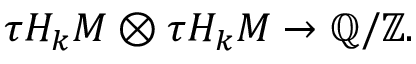
\tau H _ { k } M \otimes \tau H _ { k } M \to \mathbb { Q } / \mathbb { Z } .